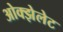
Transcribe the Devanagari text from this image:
ओक्झेलेट